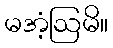
မအံ့ဩမိ။